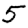
Digit: 5